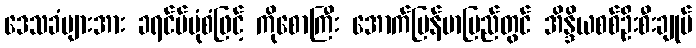
ဒေသခံများအား ခရင်မ်ပုံစံဖြင့် ကိုစောကြီး အောက်မြန်မာပြည်တွင် အိန္ဒိယစစ်ဦးစီးချုပ်